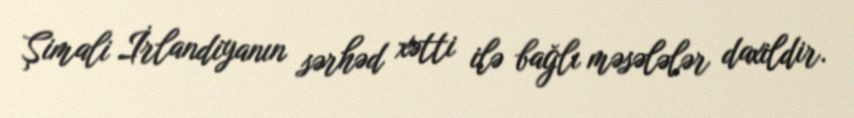
Şimali İrlandiyanın sərhəd xətti ilə bağlı məsələlər daxildir.